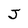
Character: J